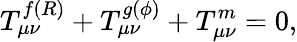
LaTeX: T_{\mu\nu}^{f(R)}+T_{\mu\nu}^{g(\phi)}+T_{\mu\nu}^{m}=0,